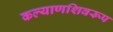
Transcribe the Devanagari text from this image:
कल्याणशिवरूप